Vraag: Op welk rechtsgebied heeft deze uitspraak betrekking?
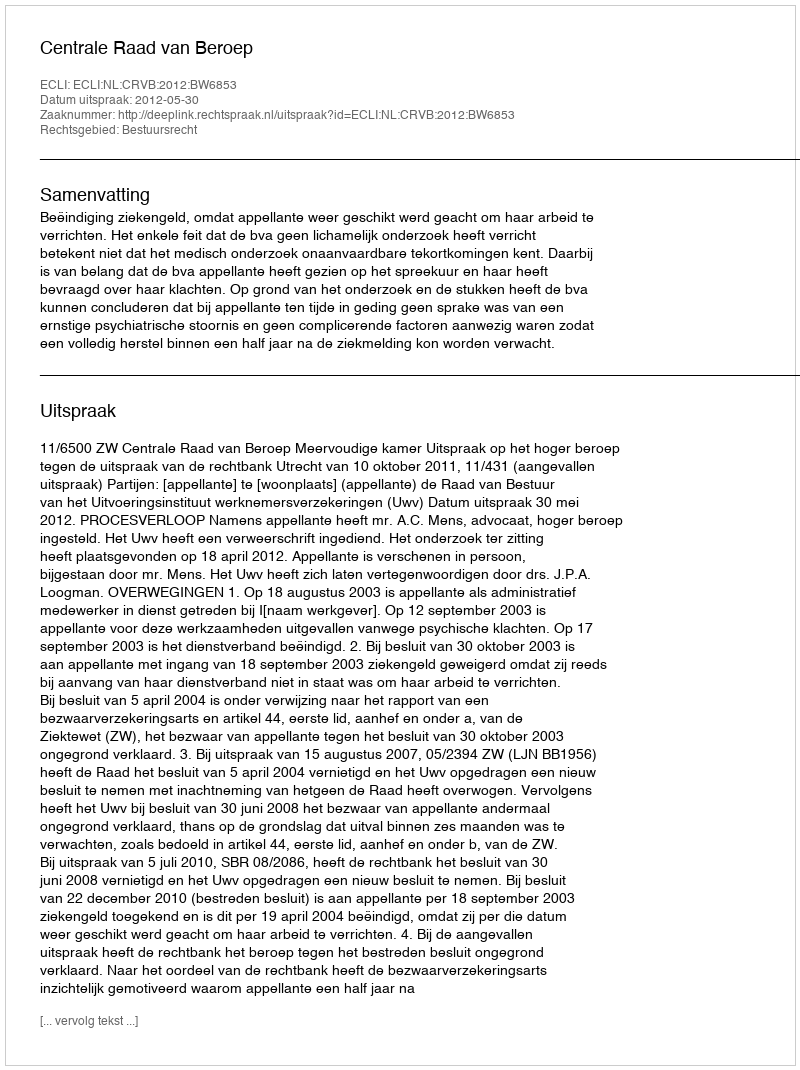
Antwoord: Bestuursrecht